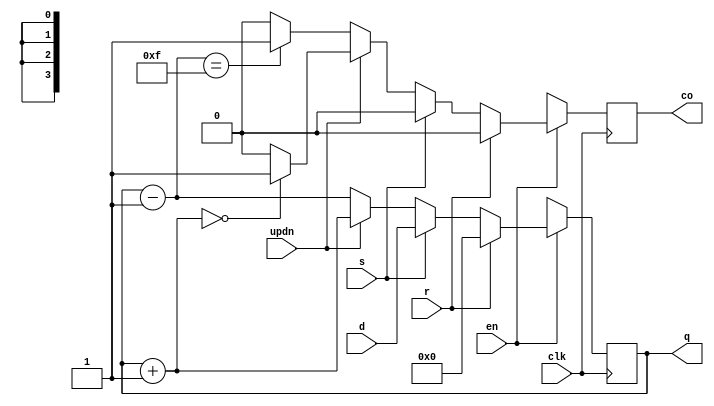
// 4

// 
module counter4_4(co,q,clk,r,s,en,d,updn);
output [3:0] q;     // 
output co;          // 
input clk,r,s,en,updn;   // (1:,0:)
input [3:0] d;      // 
reg [3:0] q;
reg co;

always @(posedge clk) begin
    if (en) begin
        if (r) begin
            q = 4'd0; co = 0;
        end 
        else if (s) begin
            q = d; co = 0;
        end 
        else begin
            if (updn) begin
                q = q + 1;
                if (q == 0)
                    co = 1;
                else
                    co = 0;
            end
            else begin
                q = q - 1;
                if (q == 4'b1111)
                    co = 1;
                else
                    co = 0;
            end
        end
    end
    else begin
        q = 'bx;
        co = 'bx;
    end
end

endmodule